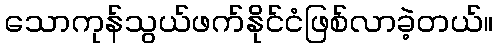
သောကုန်သွယ်ဖက်နိုင်ငံဖြစ်လာခဲ့တယ်။